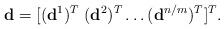
LaTeX: \begin{align*}\mathbf d =[(\mathbf d^1)^T \; (\mathbf d^2)^T\ldots (\mathbf d^{n/m})^T]^{T}.\end{align*}